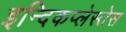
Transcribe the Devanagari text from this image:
इन्दिकप्लेस्तेस